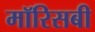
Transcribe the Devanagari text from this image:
मॉरिसबी